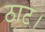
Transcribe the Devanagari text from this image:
ठाट।